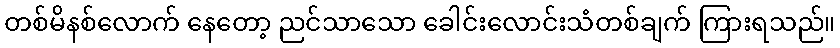
တစ်မိနစ်လောက် နေတော့ ညင်သာသော ခေါင်းလောင်းသံတစ်ချက် ကြားရသည်။